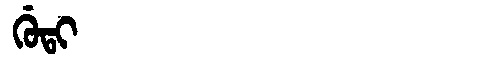
Manchu: ᡤᡠᡨᡳ
Romanization: GUTI